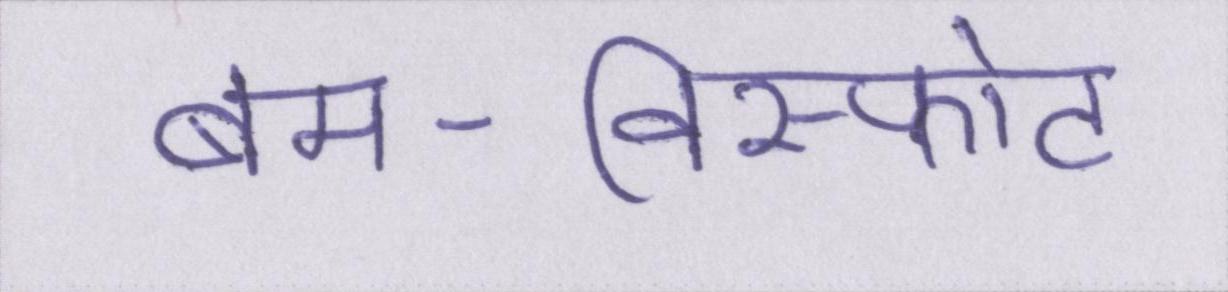
बम-विस्फोट